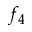
f _ { 4 }